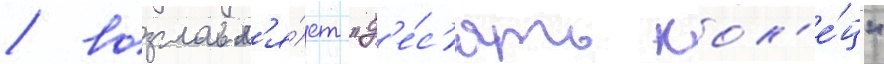
/ возглавл'я́ет "д'е́с'ять кол'е́ц"